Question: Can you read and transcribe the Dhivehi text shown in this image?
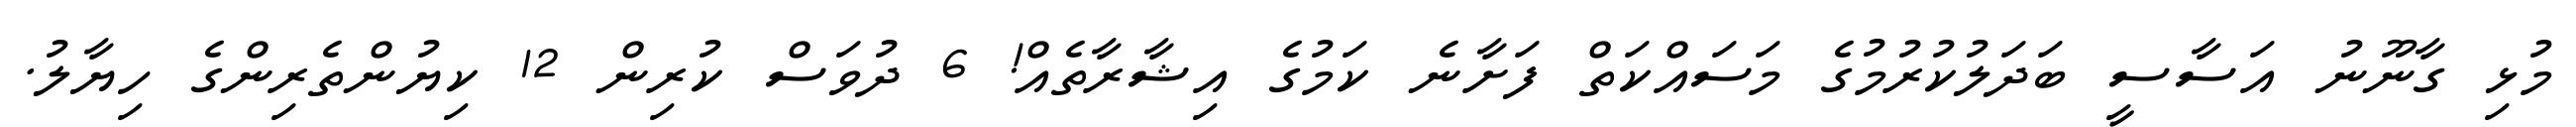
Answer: މުޅި ގާނޫނު އަސާސީ ބަދަލުކުރުމުގެ މަސައްކަތް ފަށާނެ ކަމުގެ އިޝާރާތެއް! 6 ދުވަސް ކުރިން 12 ކިޔުންތެރިންގެ ހިޔާލު.